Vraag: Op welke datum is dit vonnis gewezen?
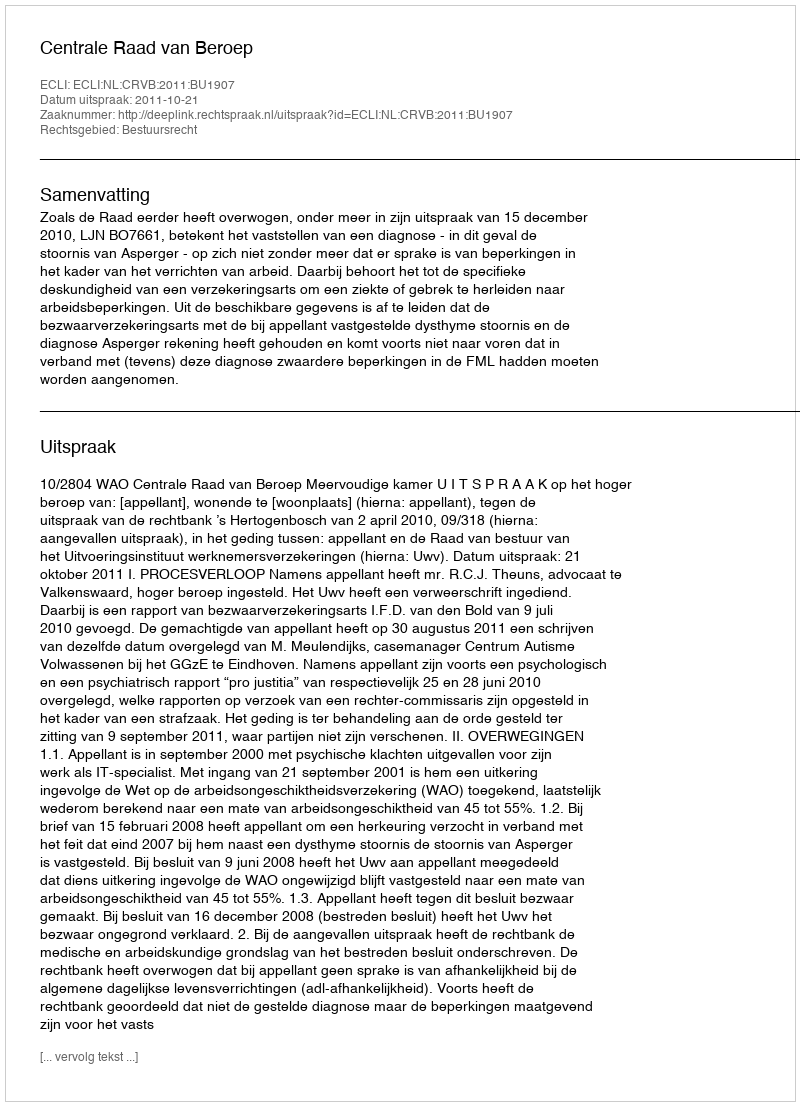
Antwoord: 2011-10-21